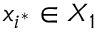
x _ { i ^ { \ast } } \in X _ { 1 }